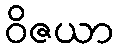
ဝိဇယာ